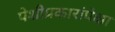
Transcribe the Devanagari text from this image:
पेशीप्रकारांपेक्षा